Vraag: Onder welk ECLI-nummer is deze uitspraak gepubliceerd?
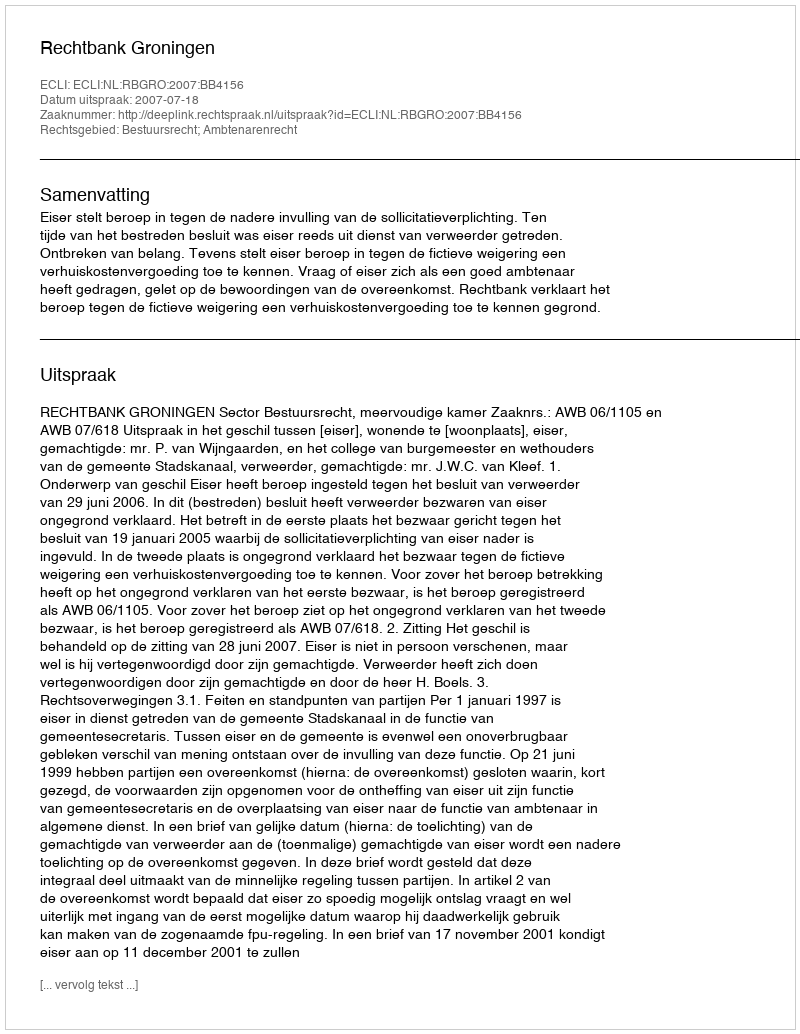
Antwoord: ECLI:NL:RBGRO:2007:BB4156